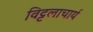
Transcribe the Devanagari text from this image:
विट्टलाचार्य